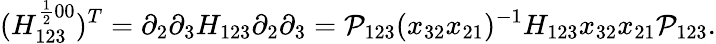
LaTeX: (H_{123}^{\frac{1}{2}00})^{T}=\partial_{2}\partial_{3}H_{123}\partial_{2}\partial_{3}={\cal P}_{123}(x_{32}x_{21})^{-1}H_{123}x_{32}x_{21}{\cal P}_{123}.